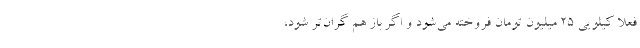
فعلا کیلویی ۲۵ میلیون تومان فروخته می‌شود و اگر باز هم گران‌تر شود،